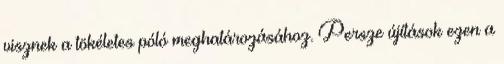
visznek a tökéletes póló meghatározásához. Persze újítások ezen a